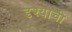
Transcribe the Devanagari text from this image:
दृश्याची